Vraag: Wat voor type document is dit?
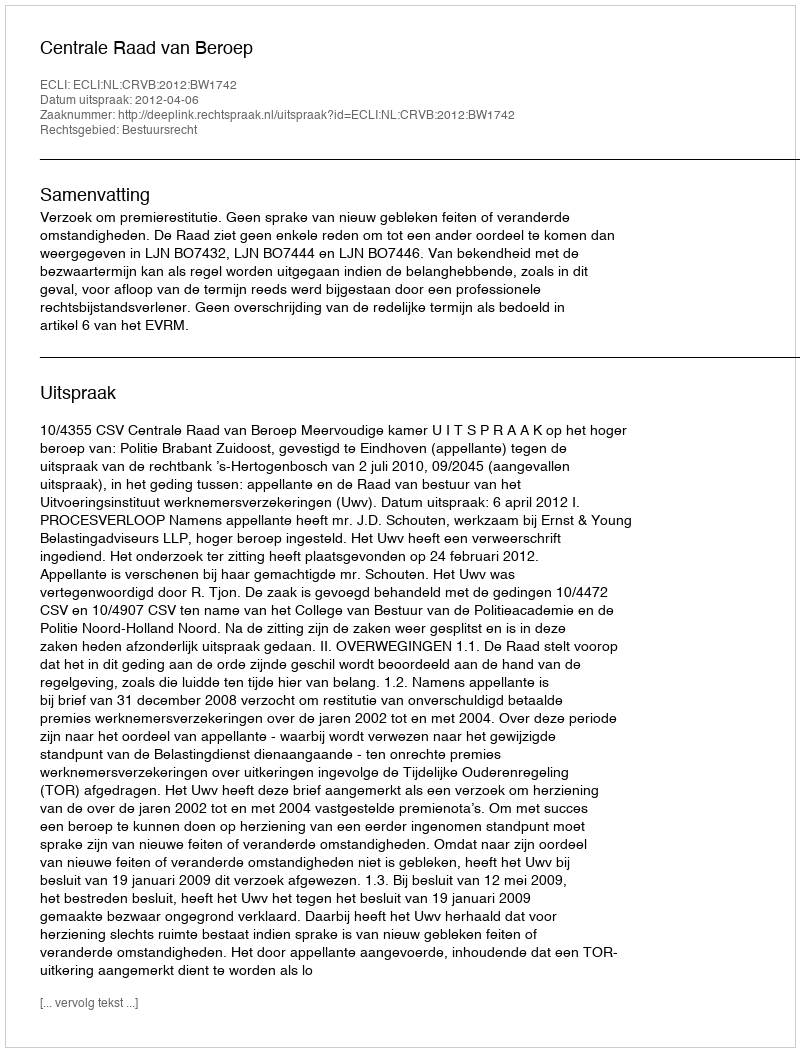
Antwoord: Uitspraak